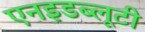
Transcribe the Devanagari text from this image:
एनइडब्लूटी